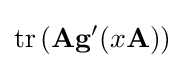
\operatorname {tr} \left(\mathbf {A} \mathbf {g} '(x\mathbf {A} )\right)